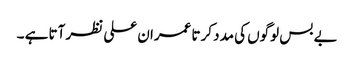
بے بس لوگوں کی مدد کرتا عمران علی نظر آتا ہے ۔